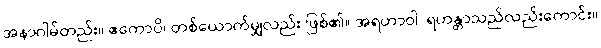
အနာဂါမ်တည်း။ ဧကောပိ၊ တစ်ယောက်မျှလည်း ဖြစ်၏။ အရဟာဝါ၊ ရဟန္တာသည်လည်းကောင်း။